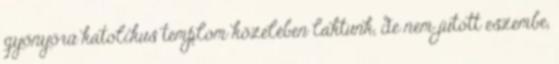
gyönyörű katolikus templom közelében laktunk, de nem jutott eszembe,